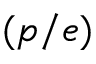
( p / e )